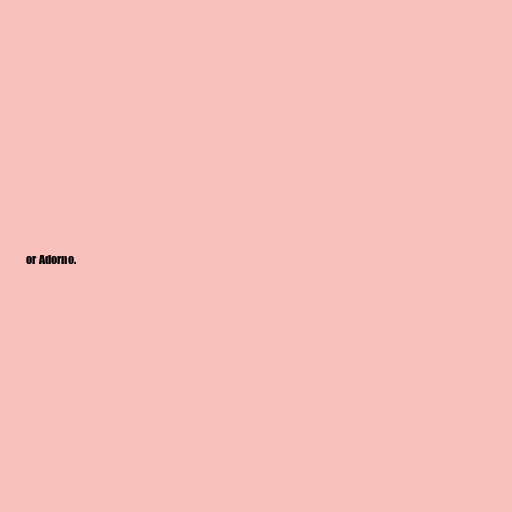
or Adorno.